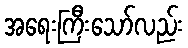
အရေးကြီးသော်လည်း